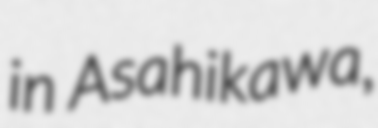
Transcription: in Asahikawa,